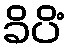
ခိပိံ